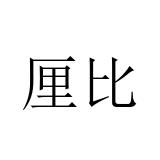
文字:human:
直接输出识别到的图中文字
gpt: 厘比